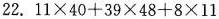
22.$$1 1 \times 4 0 + 3 9 \times 4 8 + 8 \times 1 1$$